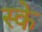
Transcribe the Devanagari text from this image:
स्के